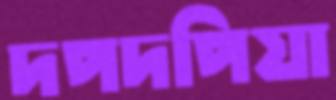
দপদপিয়া